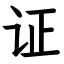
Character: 证